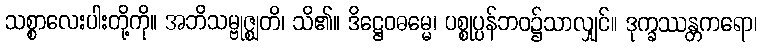
သစ္စာလေးပါးတို့ကို။ အဘိသမ္ဗုဇ္ဈတိ၊ သိ၏။ ဒိဋ္ဌေဝဓမ္မေ၊ ပစ္စုပ္ပန်ဘဝ၌သာလျှင်။ ဒုက္ခဿန္တကရော၊